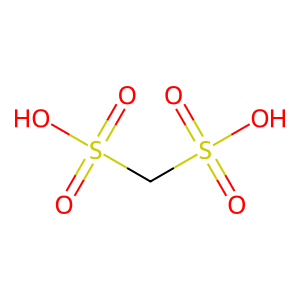
SMILES: O=S(=O)(O)CS(=O)(=O)O
Inhibits HIV replication: No